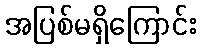
အပြစ်မရှိကြောင်း